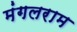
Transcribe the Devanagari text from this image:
मंगलराम